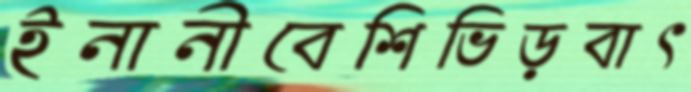
ইনানীবেশিভিড়বাৎ